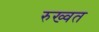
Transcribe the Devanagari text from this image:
रुख्वत